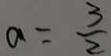
a = \frac { 3 } { 2 }